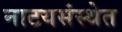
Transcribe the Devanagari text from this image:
नाटयसंस्थेत